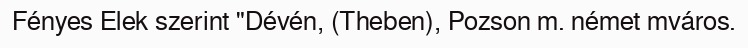
Fényes Elek szerint "Dévén, (Theben), Pozson m. német mváros.